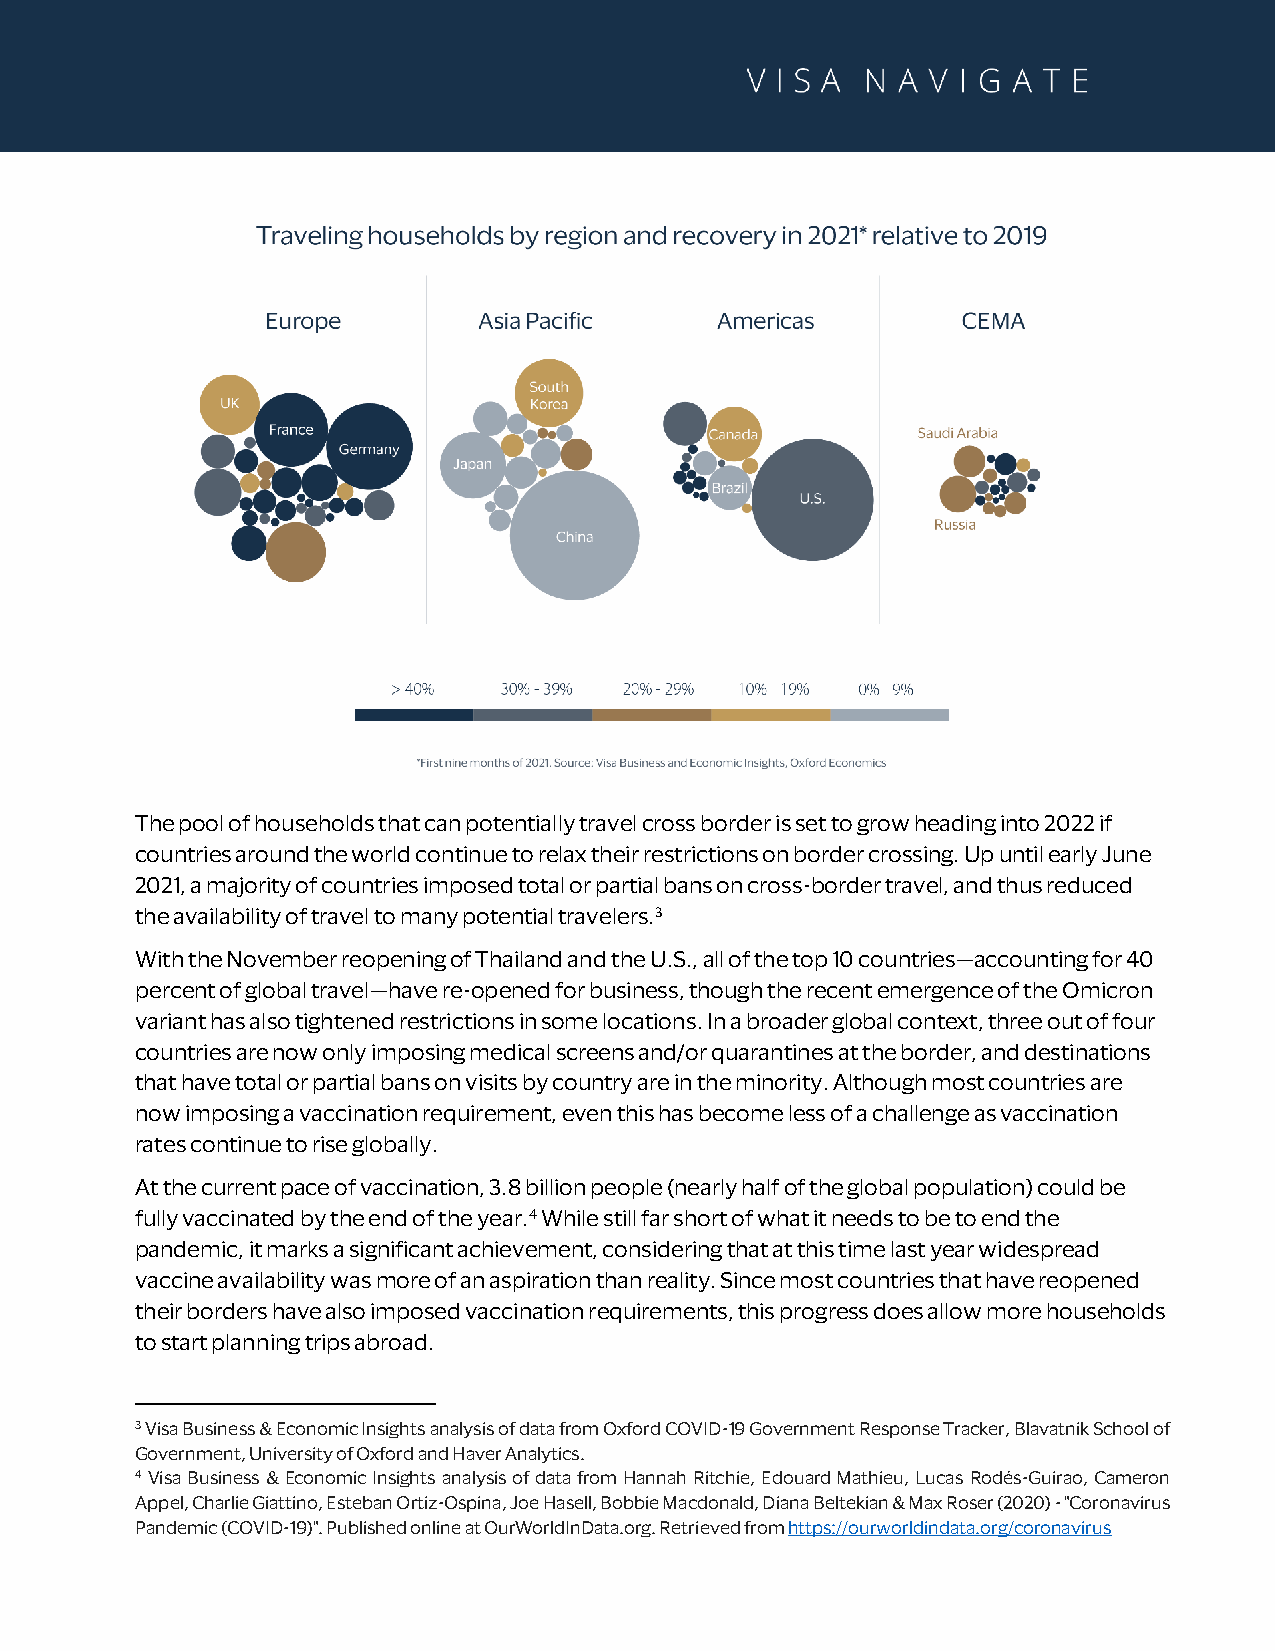
The pool of households that can potentially travel cross border is set to grow heading into 2022 if
 countries around the world continue to relax their restrictions on border crossing. Up until early June
 2021, a majority of countries imposed total or partial bans on cross-border travel, and thus reduced
 the availability of travel to many potential travelers.3
 With the November reopening of Thailand and the U.S., all of the top 10 countries—accounting for 40
 percent of global travel—have re-opened for business, though the recent emergence of the Omicron
 variant has also tightened restrictions in some locations. In a broader global context, three out of four
 countries are now only imposing medical screens and/or quarantines at the border, and destinations
 that have total or partial bans on visits by country are in the minority. Although most countries are
 now imposing a vaccination requirement, even this has become less of a challenge as vaccination
 rates continue to rise globally.
 At the current pace of vaccination, 3.8 billion people (nearly half of the global population) could be
 fully vaccinated by the end of the year.4 While still far short of what it needs to be to end the
 pandemic, it marks a significant achievement, considering that at this time last year widespread
 vaccine availability was more of an aspiration than reality. Since most countries that have reopened
 their borders have also imposed vaccination requirements, this progress does allow more households
 to start planning trips abroad.
 3 Visa Business & Economic Insights analysis of data from Oxford COVID-19 Government Response Tracker, Blavatnik School of
 Government, University of Oxford and Haver Analytics.
 4 Visa Business & Economic Insights analysis of data from Hannah Ritchie, Edouard Mathieu, Lucas Rodés-Guirao, Cameron
 Appel, Charlie Giattino, Esteban Ortiz-Ospina, Joe Hasell, Bobbie Macdonald, Diana Beltekian & Max Roser (2020) - "Coronavirus
 Pandemic (COVID-19)". Published online at OurWorldInData.org. Retrieved from https://ourworldindata.org/coronavirus